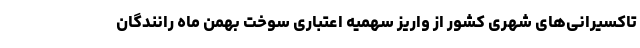
تاکسیرانی‌های شهری کشور از واریز سهمیه اعتباری سوخت بهمن ماه رانندگان